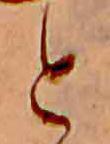
と